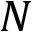
N